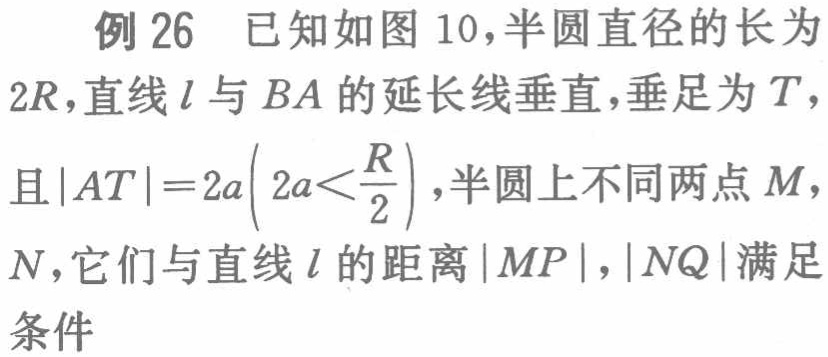
例 26 已知如图 10，半圆直径的长为
$2R$，直线 \(l\) 与 \(BA\) 的延长线垂直，垂足为 \(T\)，
且 \(|AT| = 2a\left(2a<\frac{R}{2}\right)\)，半圆上不同两点 \(M\)，
\(N\)，它们与直线 \(l\) 的距离 \(|MP|\)，\(|NQ|\) 满足
条件